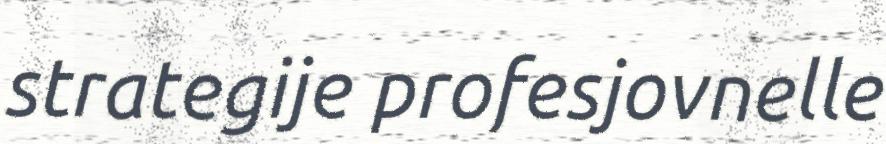
strategije profesjovnelle